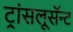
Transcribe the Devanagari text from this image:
ट्रांसलूसॅन्ट